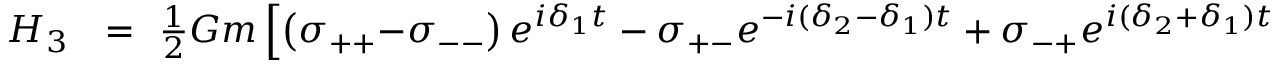
\begin{array} { r l r } { H _ { 3 } \! \! } & { { } = } & { \! \! \frac { 1 } { 2 } G m \left[ \left( \sigma _ { + + } { - } \sigma _ { -- } \right) e ^ { i \delta _ { 1 } t } - \sigma _ { + - } e ^ { - i ( \delta _ { 2 } - \delta _ { 1 } ) t } + \sigma _ { - + } e ^ { i ( \delta _ { 2 } + \delta _ { 1 } ) t } \right] } \end{array}